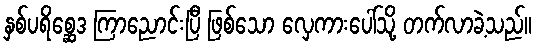
နှစ်ပရိစ္ဆေဒ ကြာညောင်းပြီ ဖြစ်သော လှေကားပေါ်သို့ တက်လာခဲ့သည်။